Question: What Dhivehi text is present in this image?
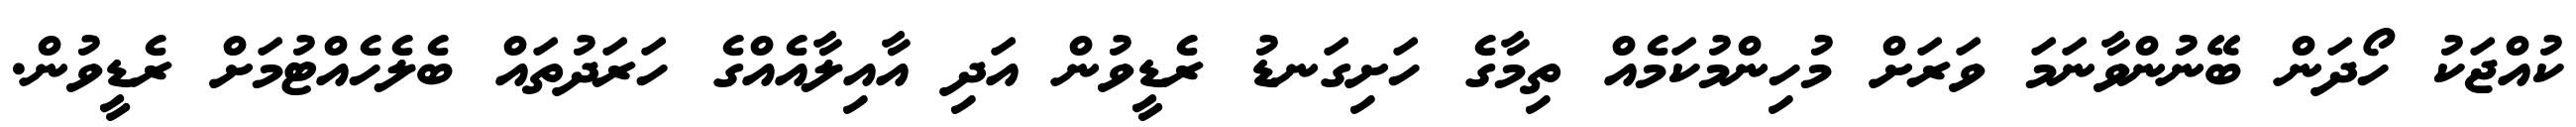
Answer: ކުއްޖަކު ހޯދަން ބޭނުންވާނަމަ ވަރަށް މުހިންމުކަމެއް ތިމާގެ ހަށިގަނޑު ރެޑީވުން އަދި އާއިލާއެއްގެ ހަރަދުތައް ބެލެހެއްޓުމަށް ރެޑީވުން.